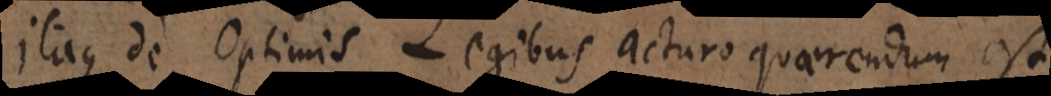
o, de Optimis Legibus acturo quaerendum est,